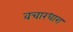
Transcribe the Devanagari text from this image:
वचारधारा